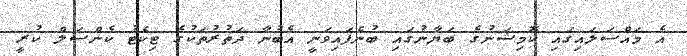
އެ މައްސަލައިގައި ކޮމިޝަނުގެ ބަޔާނުގައި ބުނެފައިވަނީ އެބުނާ ދަތުރުތަކުގެ ޓިކެޓު ކެންސަލް ކުރީ